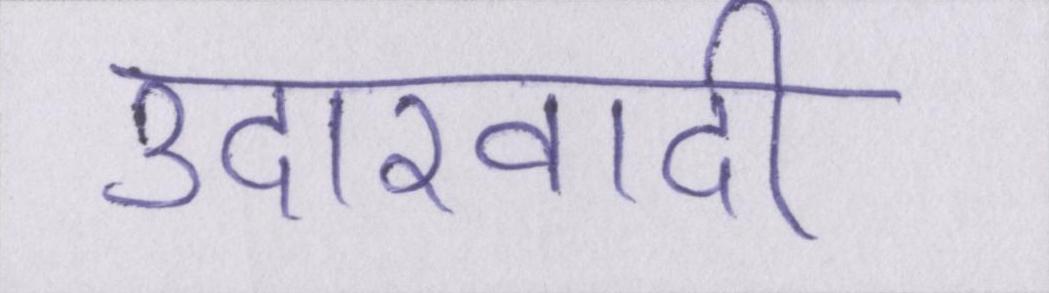
उदारवादी